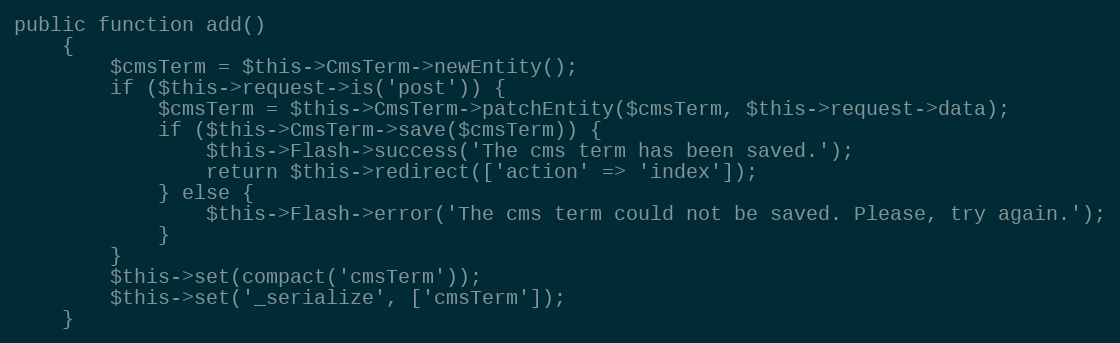
Language: PHP
public function add()
    {
        $cmsTerm = $this->CmsTerm->newEntity();
        if ($this->request->is('post')) {
            $cmsTerm = $this->CmsTerm->patchEntity($cmsTerm, $this->request->data);
            if ($this->CmsTerm->save($cmsTerm)) {
                $this->Flash->success('The cms term has been saved.');
                return $this->redirect(['action' => 'index']);
            } else {
                $this->Flash->error('The cms term could not be saved. Please, try again.');
            }
        }
        $this->set(compact('cmsTerm'));
        $this->set('_serialize', ['cmsTerm']);
    }